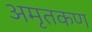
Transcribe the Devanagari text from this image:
अमृतकण